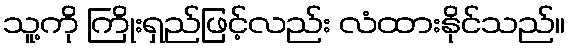
သူ့ကို ကြိုးရှည်ဖြင့်လည်း လံထားနိုင်သည်။